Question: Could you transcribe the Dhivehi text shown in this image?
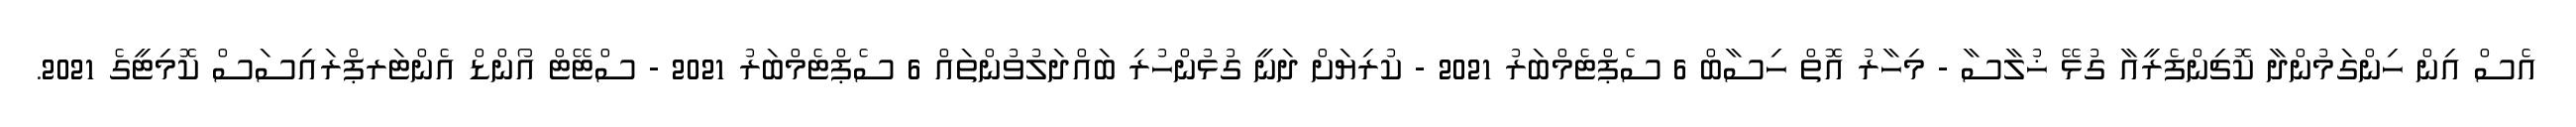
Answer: އެސް އިން ހިންގަމުންދާ ކޮޗިންފެރީއާ ގުޅޭ ޚުލާސާ - މިހާރު އޮތް ހިސާބް 6 ސެޕްޓެމްބަރު 2021 - ކުރިޔަށް ދަނީ ގުޅުންހުރި ބައްދަލުވުންތައް 6 ސެޕްޓެމްބަރު 2021 - ސްޓޭޓް އޯންޑް އެންޓަރޕްރައިސަސް ކޮމިޓީގެ 2021.